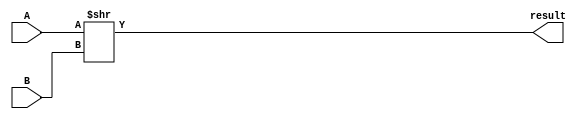
module srl (
    input [31:0] A,
    input [31:0] B,
    output [31:0] result
);
    assign result = A >> B;
endmodule